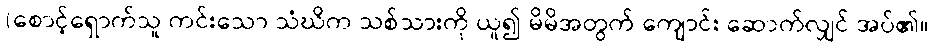
(စောင့်ရှောက်သူ ကင်းသော သံဃိက သစ်သားကို ယူ၍ မိမိအတွက် ကျောင်း ဆောက်လျှင် အပ်၏။